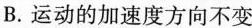
B.运动的加速度方向不变